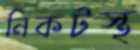
নিকটস্থ